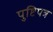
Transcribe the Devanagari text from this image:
पुष्टिपत्र